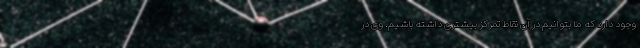
وجود دارد که ما بتوانیم در آن نقاط تمرکز بیشتری داشته باشیم. وی در